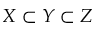
X \subset Y \subset Z